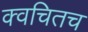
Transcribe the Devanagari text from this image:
क्‍वचितच